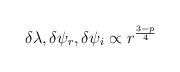
LaTeX: \begin{align*}\delta \lambda , \delta \psi_r, \delta \psi_i \propto r^{3-p\over 4}\end{align*}